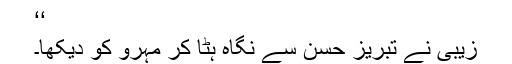
‘‘
زیبی نے تبریز حسن سے نگاہ ہٹا کر مہرو کو دیکھا۔